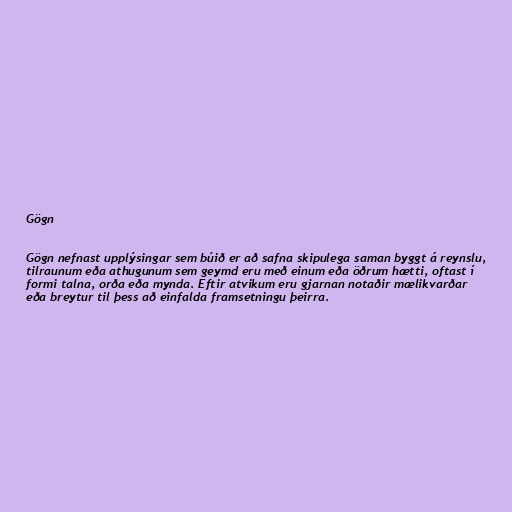
Gögn

Gögn nefnast upplýsingar sem búið er að safna skipulega saman byggt á reynslu,
tilraunum eða athugunum sem geymd eru með einum eða öðrum hætti, oftast í
formi talna, orða eða mynda. Eftir atvikum eru gjarnan notaðir mælikvarðar
eða breytur til þess að einfalda framsetningu þeirra.